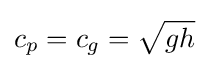
c_{p}=c_{g}={\sqrt {gh}}